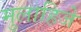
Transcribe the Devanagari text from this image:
मुलाहिजे